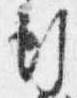
行